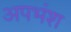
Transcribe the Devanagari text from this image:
अपभंश